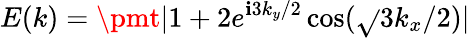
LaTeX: E(k)=\pmt|1+2e^{\mathbf{i}3k_{y}/2}\cos(\sqrt{}{{3}}k_{x}/2)|